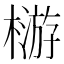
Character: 𣛦